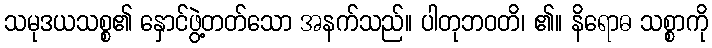
သမုဒယသစ္စ၏ နှောင်ဖွဲ့တတ်သော အနက်သည်။ ပါတုဘဝတိ၊ ၏။ နိရောဓ သစ္စာကို